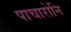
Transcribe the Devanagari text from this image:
पाचारोनि